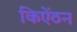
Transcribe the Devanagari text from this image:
किऐंठन